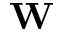
\mathbf { W }